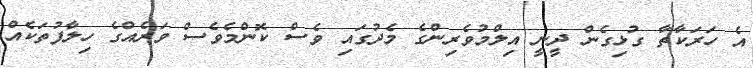
އެ ހަރަކާތާ ގުޅިގެން ދީނީ އިލްމުވެރިންގެ މެދުގައި ވެސް ކޮންމެވެސް ވަރެއްގެ ހިލާފުތަކެއް